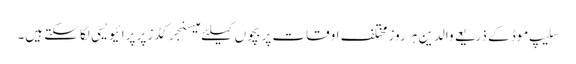
سلیپ موڈ کے ذریعے والدین ہر روز مختلف اوقات پر بچوں کیلئے میسنجر کڈز پر پرائیویسی لگا سکتے ہیں۔